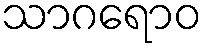
သာဂရောဝ